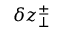
\delta z _ { \perp } ^ { \pm }